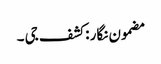
مضمون نگار : کشف جی ۔